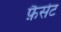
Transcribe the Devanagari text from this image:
फ़ैसेट